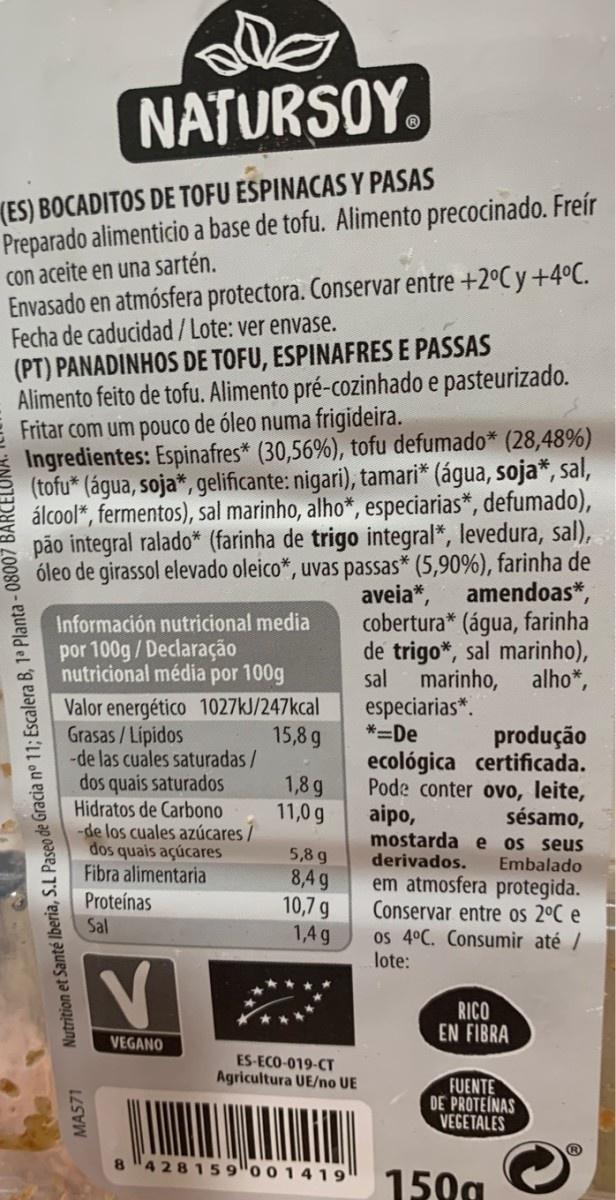
NATURSOY. (ES) BOCADITOS DE TOFU ESPINACAS Y PASAS Preparado alimenticio a base de tofu. Alimento precocinado. Freír con aceite en una sartén. Envasado en atmósfera protectora. Conservar entre +2°Cy+4°C. Fecha de caducidad/Lote: ver envase. (PT) PANADINHOS DE TOFU, ESPINAFRES E PASSAS Alimento feito de tofu. Alimento pré-cozinhado e pasteurizado. Fritar com um pouco de óleo numa frigideira. Ingredientes: Espinafres* (30,56%), tofu defumado* (28,48%) (tofu* (água, soja*, gelificante: nigari), tamari* (água, soja*, sal, álcool*, fermentos), sal marinho, alho*, especiarias*, defumado), pão integral ralado* (farinha de trigo integral*, levedura, sal), óleo de girassol elevado oleico*, uvas passas* (5,90%), farinha de amendoas*, aveia*, cobertura* (água, farinha de trigo*, sal marinho), sal Información nutricional media por 100g/Declaração nutricional média por 100g marinho, alho*, especiarias*. *=De Valor energético 1027KJ/247kcal Grasas/Lipidos -de las cuales saturadas/ dos quais saturados Hidratos de Carbono -de los cuales azúcares dos quais açúcares Fibra alimentaria Proteínas 15,8 g produção ecológica certificada. Pode conter ovo, leite, sésamo, mostarda e os seus 1,8 g 11,0 g aipo, 5,8 g 8,49 10,7 g derivados. Embalado em atmosfera protegida. Conservar entre os 2°C e os 4°C. Consumir até / lote: Sal 1,4 g RICO EN FIBRA VEGANO ES-ECO-019-CT Agricultura UE/no UE FUENTE DE PROTEÍNAS VEGETALES 8 4 2815 9 0 0 1419 150g MA571 Nutrition et Santé lberia, S.L Paseo de Gracia n° 11; Escalera B, 1 Planta-08007